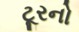
ટૂરનો